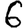
Digit: 6